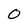
Character: 0